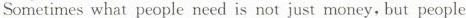
Sometimes what people need is not just money,but people